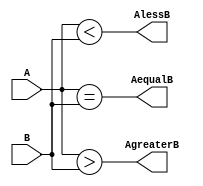
`timescale 1ns / 1ps
//////////////////////////////////////////////////////////////////////////////////
// Company: 
// Engineer: 
// 
// Design Name: 
// Module Name: comparator
// Project Name: 
// Target Devices: 
// Tool Versions: 
// Description: 
// 
// Dependencies: 
// 
// Revision:
// Revision 0.01 - File Created
// Additional Comments:
// 
//////////////////////////////////////////////////////////////////////////////////


module comparator(
    input [3:0] A,
    input [3:0] B,
    output AgreaterB, AequalB, AlessB
    );
    
    assign AgreaterB = (A > B);
    assign AequalB = (A == B);
    assign AlessB = (A < B);
    
endmodule